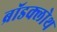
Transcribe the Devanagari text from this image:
ब्रॉडक्लोथ